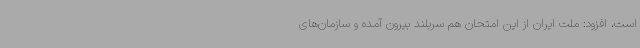
است، افزود: ملت ایران از این امتحان هم سربلند بیرون آمده و سازمان‌های